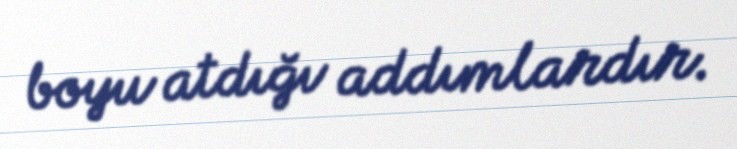
boyu atdığı addımlardır.